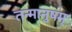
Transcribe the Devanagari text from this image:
तन्मानुषम्